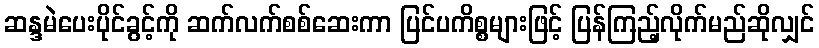
ဆန္ဒမဲပေးပိုင်ခွင့်ကို ဆက်လက်စစ်ဆေးကာ ပြင်ပကိစ္စများဖြင့် ပြန်ကြည့်လိုက်မည်ဆိုလျှင်